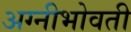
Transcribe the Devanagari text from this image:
अग्नीभोवती